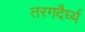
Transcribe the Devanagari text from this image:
तरगदैर्घ्य